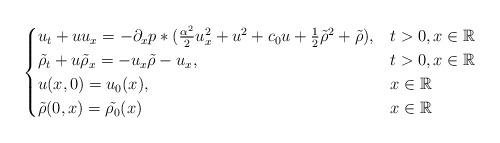
LaTeX: \begin{align*}\begin{cases} u_t + uu_{x}= -\partial_xp*(\frac{\alpha^2}{2}u_x^2+u^2 + c_0u+\frac{1}{2}\tilde{\rho}^2+\tilde{\rho}) , & t > 0, x\in \mathbb{R} \\ \tilde{\rho_t}+ u\tilde{\rho}_x = -u_x\tilde{\rho}- u_x , & t > 0, x\in \mathbb{R} \\u(x,0) = u_0(x), & x\in \mathbb{R} \\\tilde{\rho}(0,x) = \tilde{\rho_0}(x) & x\in \mathbb{R}\end{cases} \end{align*}